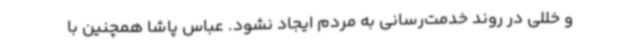
و خللی در روند خدمت‌رسانی به مردم ایجاد نشود. عباس پاشا همچنین با